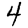
Digit: 4